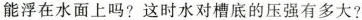
能浮在水面上吗?这时水对槽底的压强有多大?